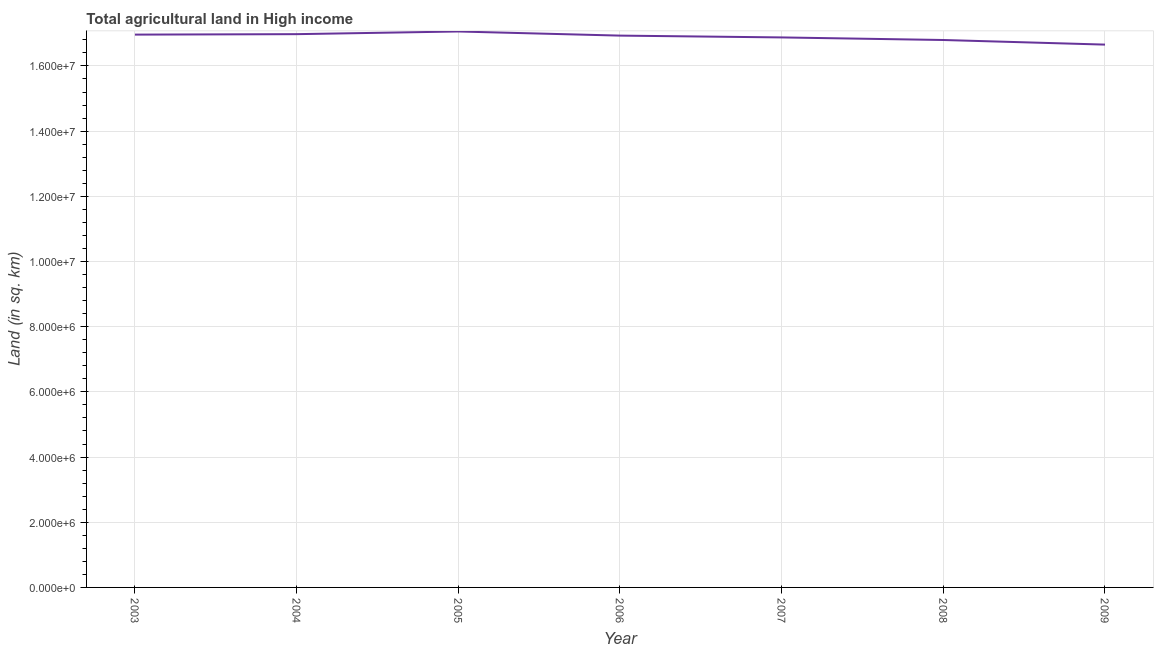
| Year | Agricultural land (sq. km) |
 | --- | --- |
 | 2003 | 1.7e+07 |
 | 2004 | 1.7e+07 |
 | 2005 | 1.71e+07 |
 | 2006 | 1.69e+07 |
 | 2007 | 1.69e+07 |
 | 2008 | 1.68e+07 |
 | 2009 | 1.67e+07 |